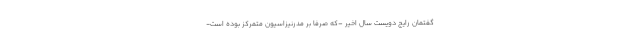
گفتمان رایج دویست سال اخیر –که صرفاً بر مدرنیزاسیون متمرکز بوده است-